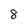
Character: 8